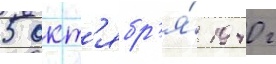
5 окт'ябр'я́ 1940 г